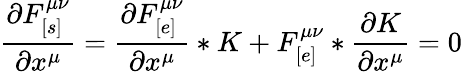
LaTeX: \frac{\partial F_{[s]}^{\mu\nu}}{\partial x^{\mu}}=\frac{\partial F_{[e]}^{\mu\nu}}{\partial x^{\mu}}*K+F_{[e]}^{\mu\nu}*\frac{\partial K}{\partial x^{\mu}}=0